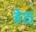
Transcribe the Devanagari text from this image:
हेठ